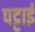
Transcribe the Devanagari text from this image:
पट्टाई